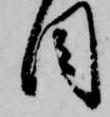
目